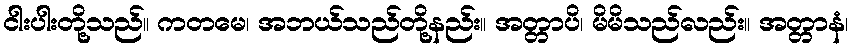
ငါးပါးတို့သည်။ ကတမေ၊ အဘယ်သည်တို့နည်း။ အတ္တာပိ၊ မိမိသည်လည်း။ အတ္တာနံ၊